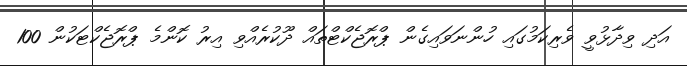
އަދި ވިދާޅުވީ ވެރިކަމުގައި ހުންނަވައިގެން ޕްރޮޖެކްޓްތައް ދޫކުރެއްވި އިރު ކޮންމެ ޕްރޮޖެކްޓަކުން 100